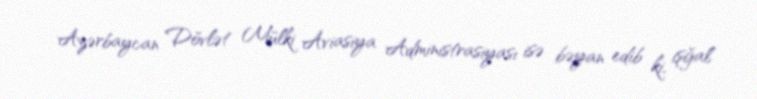
Azərbaycan Dövlət Mülki Aviasiya Administrasiyası isə bəyan edib ki, işğal